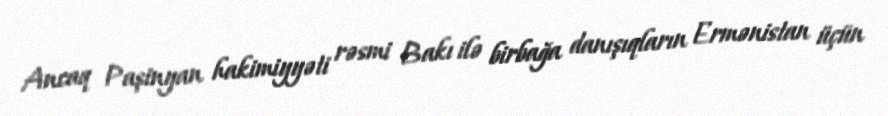
Ancaq Paşinyan hakimiyyəti rəsmi Bakı ilə birbağa danışıqların Ermənistan üçün